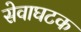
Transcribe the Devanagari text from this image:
सेवाघटक